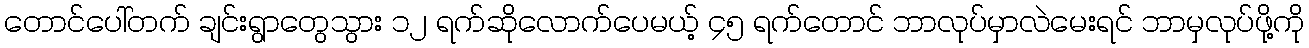
တောင်ပေါ်တက် ချင်းရွာတွေသွား ၁၂ ရက်ဆိုလောက်ပေမယ့် ၄၅ ရက်တောင် ဘာလုပ်မှာလဲမေးရင် ဘာမှလုပ်ဖို့ကို